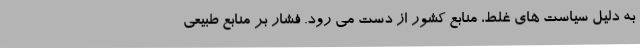
به دلیل سیاست های غلط، منابع کشور از دست می رود. فشار بر منابع طبیعی